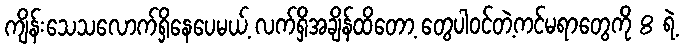
ကျိန်းသေသလောက်ရှိနေပေမယ့် လက်ရှိအချိန်ထိတော့ တွေပါဝင်တဲ့ကင်မရာတွေကို 8 ရဲ့